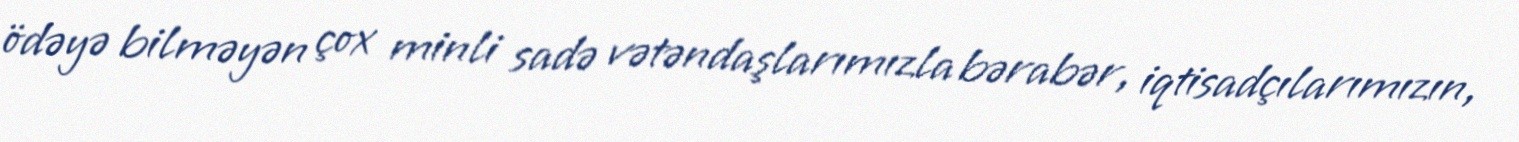
ödəyə bilməyən çox minli sadə vətəndaşlarımızla bərabər, iqtisadçılarımızın,